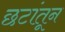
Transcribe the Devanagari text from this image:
छटांतून